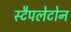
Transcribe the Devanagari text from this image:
स्टैपलेटोन